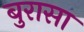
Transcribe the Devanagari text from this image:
बुरासा